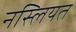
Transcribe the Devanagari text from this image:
नस्लियत